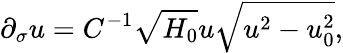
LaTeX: \partial_{\sigma}u=C^{-1}\sqrt{H_{0}}u\sqrt{u^{2}-u_{0}^{2}},